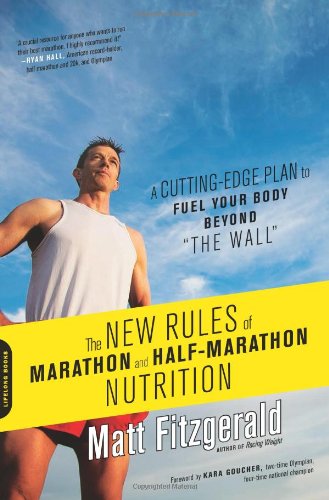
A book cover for The New Rules of Marathon and Half-Marathon Nutrition: A Cutting-Edge Plan to Fuel Your Body Beyond "the Wall"; Matt Fitzgerald; Health, Fitness & Dieting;